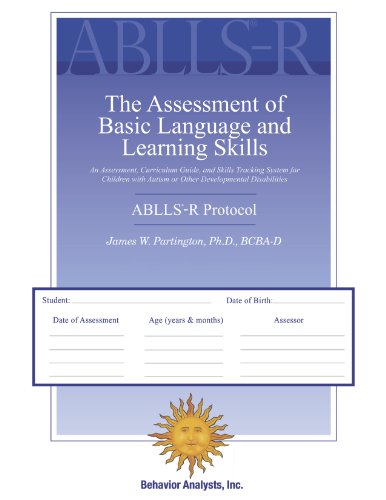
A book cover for ABLLS-R - The Assessment of Basic Language and Learning Skills - Revised (The ABLLS-R) Combination Set; James W. Partington; Computers & Technology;